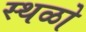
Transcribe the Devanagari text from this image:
स्थळो